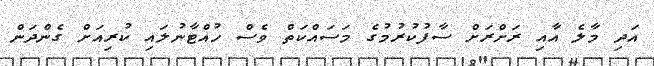
އަދި މާލެ އާއި ރަށްރަށް ސާފުކުރުމުގެ މަސައްކަތް ވެސް ހުއްޓާނުލައި ކުރިއަށް ގެންދަން